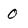
Character: 0